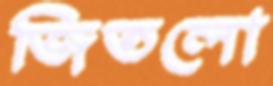
জিতলো